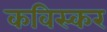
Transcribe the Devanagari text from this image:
कविस्कर